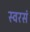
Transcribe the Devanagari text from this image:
स्वरसं